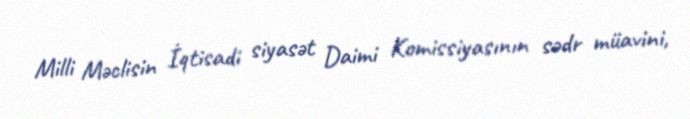
Milli Məclisin İqtisadi siyasət Daimi Komissiyasının sədr müavini,